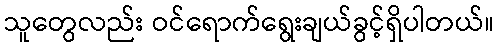
သူတွေလည်း ဝင်ရောက်ရွေးချယ်ခွင့်ရှိပါတယ်။